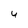
Character: 4